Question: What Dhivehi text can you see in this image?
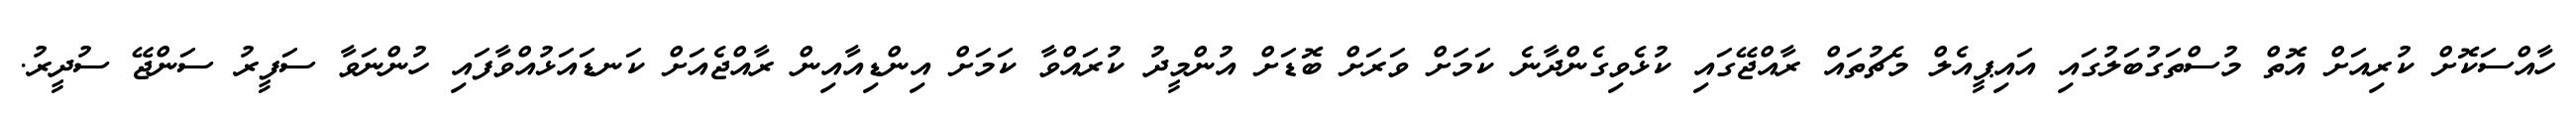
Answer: ހާއްސަކޮށް ކުރިއަށް އޮތް މުސްތަގުބަލުގައި އައިޕީއެލް މެޗުތައް ރާއްޖޭގައި ކުޅެވިގެންދާނެ ކަމަށް ވަރަށް ބޮޑަށް އުންމީދު ކުރައްވާ ކަމަށް އިންޑިއާއިން ރާއްޖެއަށް ކަނޑައަޅުއްވާފައި ހުންނަވާ ސަފީރު ސަންޖޭ ސުދީރު.